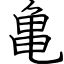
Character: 亀